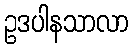
ဥဒပါနသာလာ